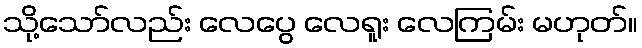
သို့သော်လည်း လေပွေ လေရူး လေကြမ်း မဟုတ်။